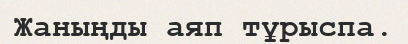
Жаныңды аяп тұрыспа.